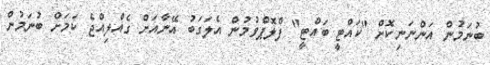
ބުނަމުން އަންނަނިކޮށް "ކައްޓީ ބައްޓީ" ފްލޮޕްވުމުން އެލަގަބު އޭނާއަށް ގެއްލިއްޖެ ކަމަށް ބުނަމުން